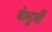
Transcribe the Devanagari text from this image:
बेल्टूर्नी